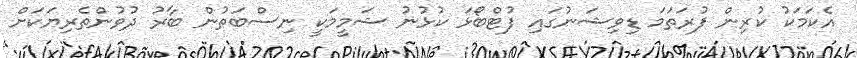
އެކަމަކު ކުރިން ފުރަތަމަ ޑިވިޝަނުގައި ފުޓްބޯޅަ ކުޅުނު ޝަމީމަކީ ނިސްބަތުން ބާރު ދުވުންތެރިޔަކަށް